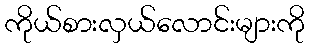
ကိုယ်စားလှယ်လောင်းများကို